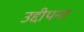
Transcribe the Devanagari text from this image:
उद्दीपना